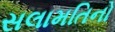
સલામતિનો